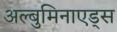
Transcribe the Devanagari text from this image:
अल्बुमिनाएड्स